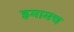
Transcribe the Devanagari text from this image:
इमामच